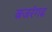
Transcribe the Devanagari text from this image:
बजरंगढ